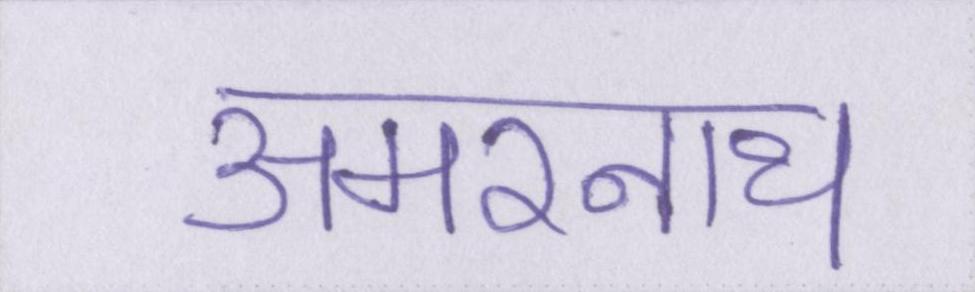
अमरनाथ